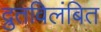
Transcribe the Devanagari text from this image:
द्रुतविलंबित